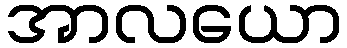
အာလယော